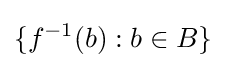
\{f^{-1}(b):b\in B\}